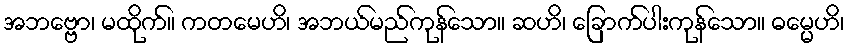
အဘဗ္ဗော၊ မထိုက်။ ကတမေဟိ၊ အဘယ်မည်ကုန်သော။ ဆဟိ၊ ခြောက်ပါးကုန်သော။ ဓမ္မေဟိ၊